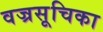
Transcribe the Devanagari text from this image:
वज्रसूचिका